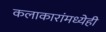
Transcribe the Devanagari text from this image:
कलाकारांमध्येही